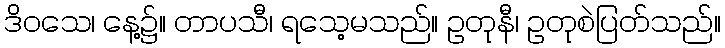
ဒိဝသေ၊ နေ့၌။ တာပသီ၊ ရသေ့မသည်။ ဥတုနီ၊ ဥတုစဲပြတ်သည်။